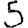
Digit: 5